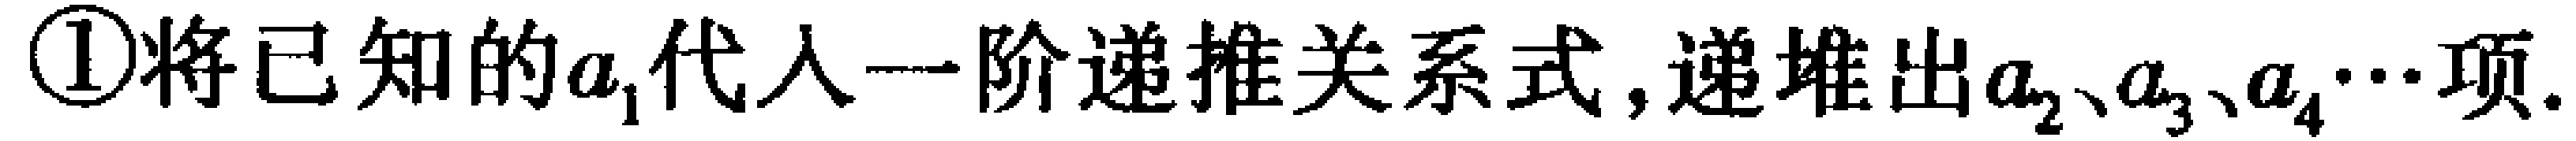
\textcircled{1}将已知的$a_{1}$代入一阶递推关系式,递堆出$a_{2}、a_{3}、a_{4}\cdots$项.